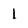
Character: l